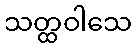
သတ္ထဝါသေ